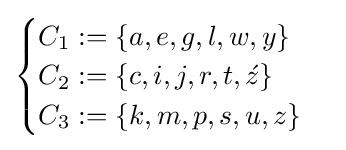
{\begin{cases}C_{1}:=\{a,e,g,l,w,y\}\\C_{2}:=\{c,i,j,r,t,{\acute {z}}\}\\C_{3}:=\{k,m,p,s,u,z\}\\\end{cases}}